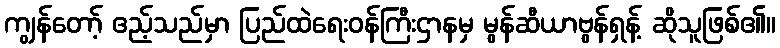
ကျွန်တော့် ဧည့်သည်မှာ ပြည်ထဲရေးဝန်ကြီးဌာနမှ မွန်ဆီယာဗွန်ရှန့် ဆိုသူဖြစ်၏။